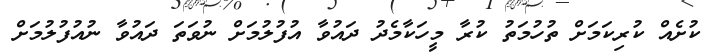
ކުށެއް ކުރިކަމަށް ތުހުމަތު ކުރާ މީހަކާމެދު ދައުވާ އުފުލުމަށް ނުވަތަ ދައުވާ ނުއުފުލުމަށް